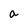
Character: a